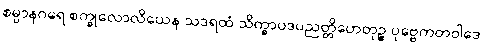
စမ္ပာနဂရေ စက္ခုလောလိယေန သဒရထံ သိက္ခာပဒပညတ္တိဟေတုဉ္စ ပုဗ္ဗေကတဝါဒေ